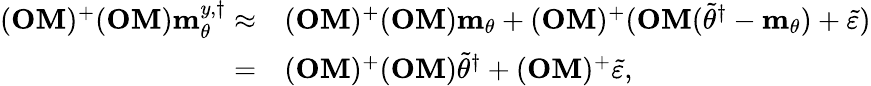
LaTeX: \begin{array}{rl}{(\mathbf{OM})^{+}(\mathbf{OM})\mathbf{m}_{\theta}^{y,\dagger}\approx}&{(\mathbf{OM})^{+}(\mathbf{OM})\mathbf{m}_{\theta}+(\mathbf{OM})^{+}(\mathbf{OM}(\widetilde{\theta}^{\dagger}-\mathbf{m}_{\theta})+\widetilde{\varepsilon})}\\ {=}&{(\mathbf{OM})^{+}(\mathbf{OM})\widetilde{\theta}^{\dagger}+(\mathbf{OM})^{+}\widetilde{\varepsilon},}\end{array}